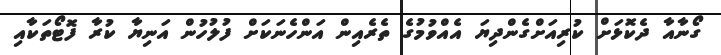
ގޯނާއާ ދެކޮޅަށް ކުރިއަށްގެންދިޔަ އެއްވުމުގެ ތެރެއިން އަންހެނަކަށް ފުލުހުން އަނިޔާ ކުރާ ފޮޓޯތަކާއި